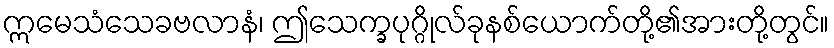
ဣမေသံသေခဗလာနံ၊ ဤသေက္ခပုဂ္ဂိုလ်ခုနစ်ယောက်တို့၏အားတို့တွင်။